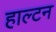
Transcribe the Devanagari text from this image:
हाल्टन